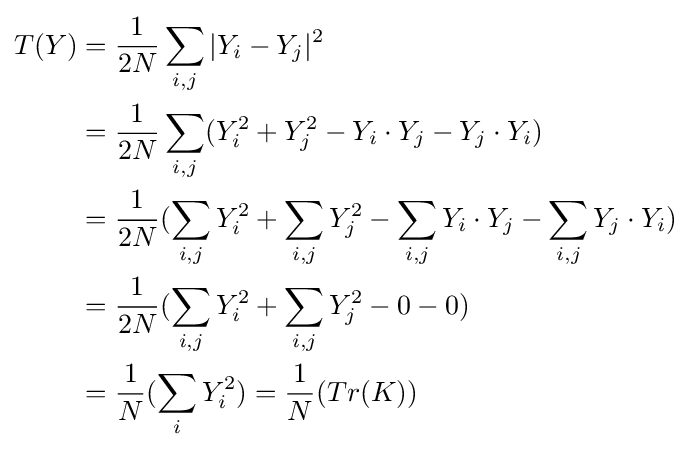
{\begin{aligned}T(Y)&{}={\dfrac {1}{2N}}\sum _{i,j}|Y_{i}-Y_{j}|^{2}\\&{}={\dfrac {1}{2N}}\sum _{i,j}(Y_{i}^{2}+Y_{j}^{2}-Y_{i}\cdot Y_{j}-Y_{j}\cdot Y_{i})\\&{}={\dfrac {1}{2N}}(\sum _{i,j}Y_{i}^{2}+\sum _{i,j}Y_{j}^{2}-\sum _{i,j}Y_{i}\cdot Y_{j}-\sum _{i,j}Y_{j}\cdot Y_{i})\\&{}={\dfrac {1}{2N}}(\sum _{i,j}Y_{i}^{2}+\sum _{i,j}Y_{j}^{2}-0-0)\\&{}={\dfrac {1}{N}}(\sum _{i}Y_{i}^{2})={\dfrac {1}{N}}(Tr(K))\\\end{aligned}}\,\!